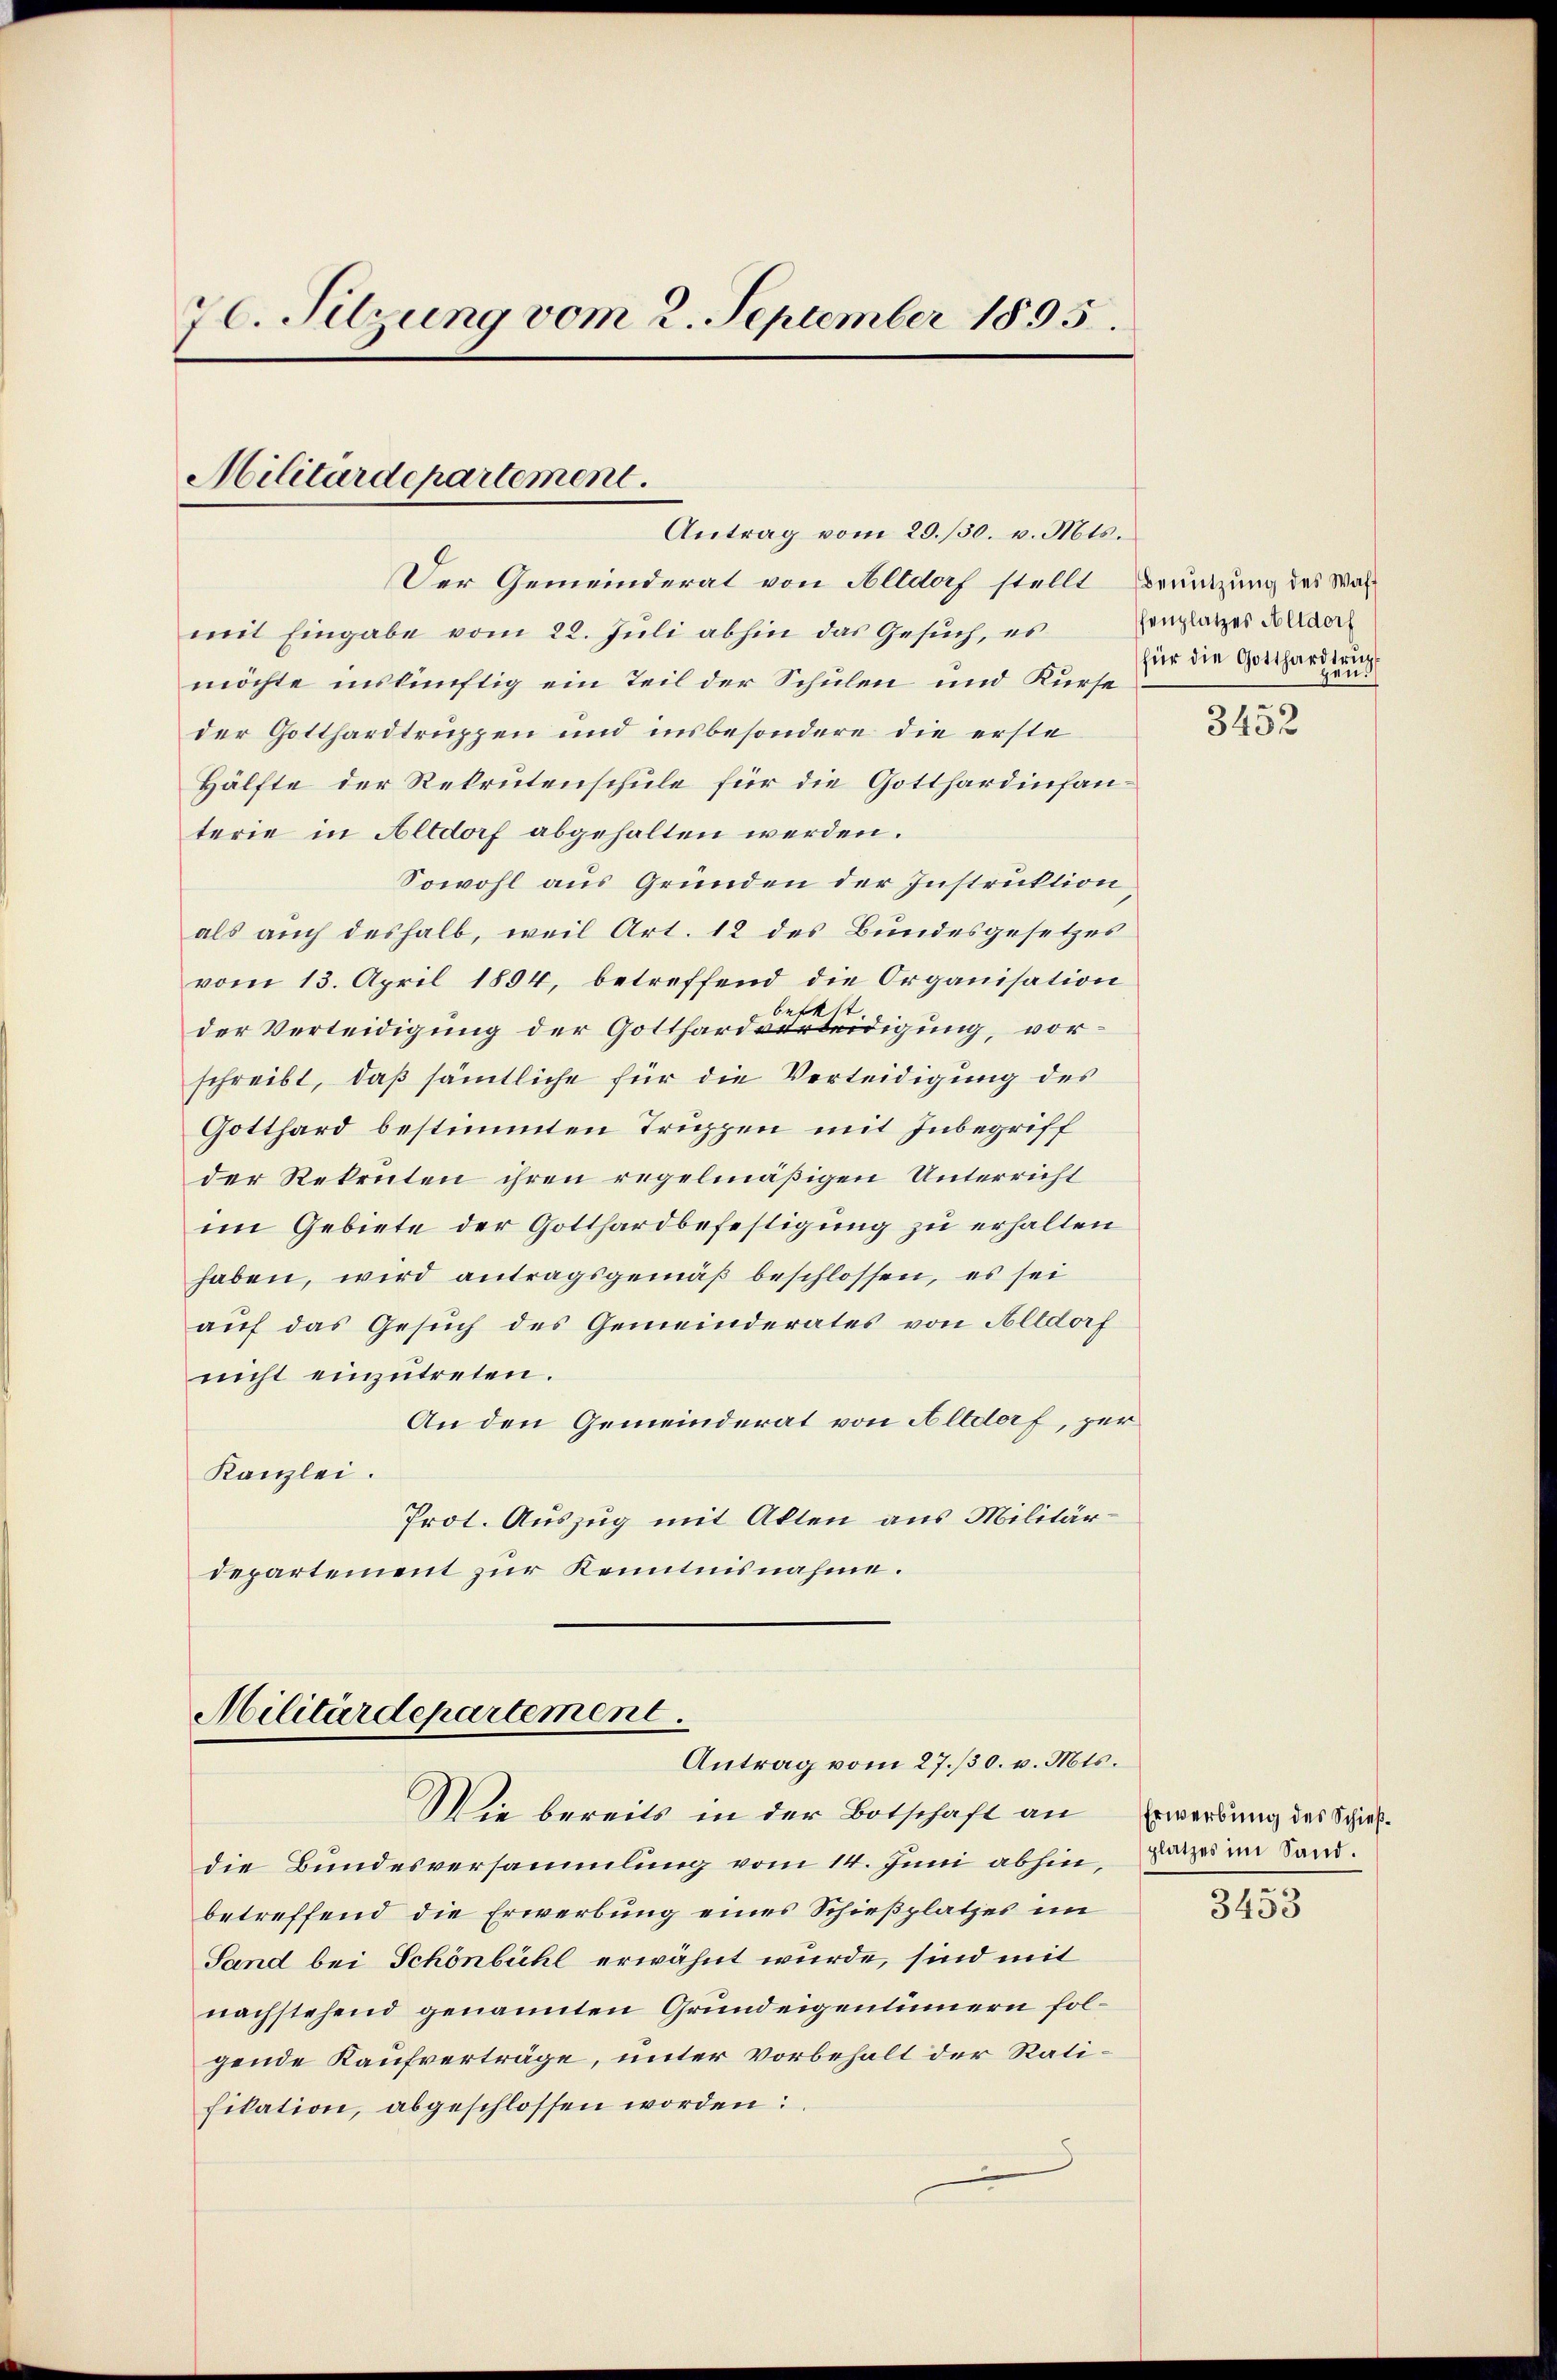
70. Sitzung vom 2. September 1895.

Militärdepartement.
Antrag vom 29./30. v. Mts.

Der Gemeinderat von Altdorf stellt Branzung des Walmit Eingabe vom 22. Juli abhin das Gesuch, es Zenplatzes Bilder
möchte inskünftig ein Teil der Schulen und Kurse
der Gotthardtruppen und insbesondere die erste
Hälfte der Rekrutenschule für die Gotthardinfanterie in Altdorf abgehalten werden.
Sowohl aus Gründen der Instruktion,
als auch deshalb, weil Art. 12 des Bundesgesetzes
vom 13. April 1894, betreffend die Organisation
betast
der Verteidigung der Gotthardverteidigung, vorschreibt, daß sämtliche für die Verteidigung des
Gotthard bestimmten Truppen mit Inbegriff
der Rekruten ihren regelmäßigen Unterricht
im Gebiete der Gotthardbefestigung zu erhalten
haben, wird antragsgemäß beschlossen, es sei
auf das Gesuch des Gemeinderates von Altdorf
nicht einzutreten.
An den Gemeinderat von Altdorf, per
Kanzlei.
Prot. Auszug mit Akten aus Militärdepartement zur Kenntnisnahme.

Militärdepartement.
Antrag vom 27./30. v. Mts.
Wie bereits in der Botschaft an

die Bundesversammlung vom 14. Juni abhin,
betreffend die Erwerbung eines Schießplatzes im
Sand bei Schönbühl erwähnt wurde, sind mit
nachstehend genannten Grundeigentümern folgende Kaufverträge, unter vorbehalt der Ratifikation, abgeschlossen worden:

für die Gotthardtung

3452

Erwerbung des Schießplatzes im Sand.

3453